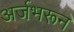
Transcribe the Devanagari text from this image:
अर्जभरून